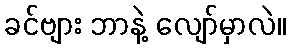
ခင်ဗျား ဘာနဲ့ လျော်မှာလဲ။